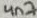
Text: 4n7